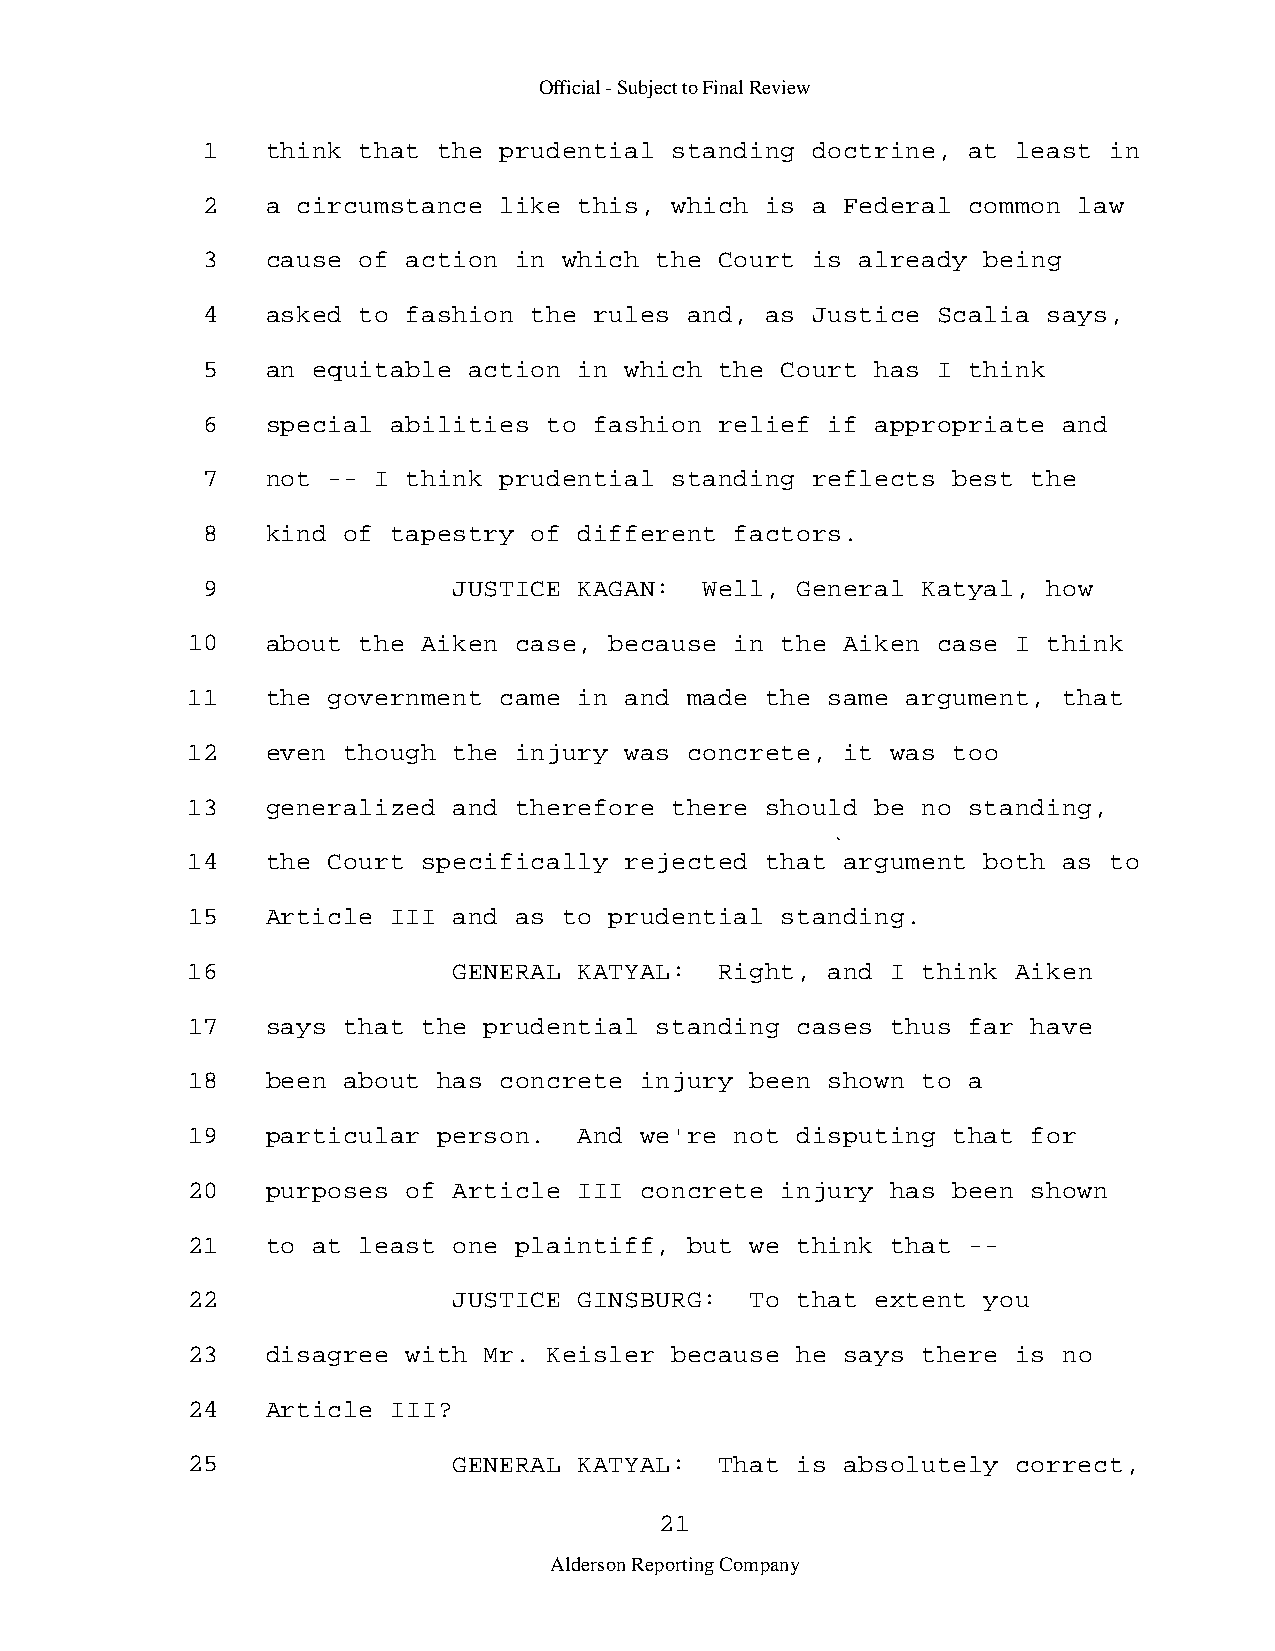
Official - Subject to Final Review
 1    think that the prudential standing  doctrine, at least in
 2    a circumstance like this, which  is a Federal common law
 3    cause of action in which the  Court is already being
 4    asked to fashion the rules  and, as Justice Scalia says,
 5    an equitable action in which  the Court has I think
 6    special abilities to fashion  relief if appropriate and
 7    not -- I think prudential standing  reflects best the
 8    kind of tapestry of different  factors.
 9                JUSTICE KAGAN:   Well, General Katyal, how
 10    about the Aiken case, because  in the Aiken case I think
 11    the government came in and  made the same argument, that
 12    even though the injury was  concrete, it was too
 13    generalized and therefore there  should be no standing,
 14    the Court specifically rejected  that argument both as to
 15    Article III and as to prudential  standing.
 16                GENERAL KATYAL:   Right, and I think Aiken
 17    says that the prudential standing  cases thus far have
 18    been about has concrete injury  been shown to a
 19    particular person.  And we're  not disputing that for
 20    purposes of Article III concrete  injury has been shown
 21    to at least one plaintiff,  but we think that -­
 22                JUSTICE GINSBURG:   To that extent you
 23    disagree with Mr. Keisler because  he says there is no
 24    Article III?
 25                GENERAL KATYAL:   That is absolutely correct,
 21
 Alderson Reporting Company